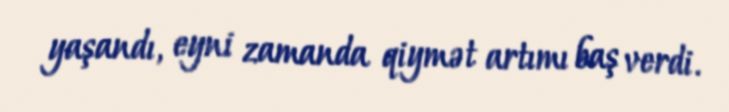
yaşandı, eyni zamanda qiymət artımı baş verdi.